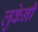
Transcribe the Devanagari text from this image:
लुकेनी